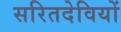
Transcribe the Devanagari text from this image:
सरितदेवियों